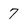
Character: 7